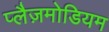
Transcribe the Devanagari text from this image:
प्लैज़मोडियम